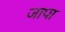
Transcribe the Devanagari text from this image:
जापा